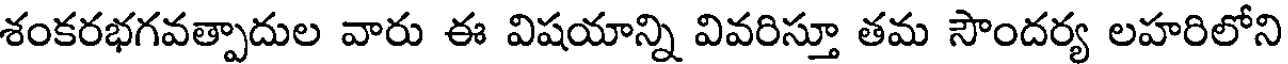
శంకరభగవత్పాదుల వారు ఈ విషయాన్ని వివరిస్తూ తమ సౌందర్య లహరిలోని